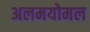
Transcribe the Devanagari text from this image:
अलमयोमल